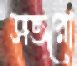
সতরো